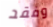
وفقد